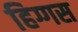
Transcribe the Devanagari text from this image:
हिग्गस